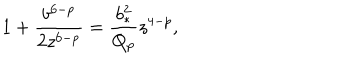
LaTeX: 1 + { \frac { b ^ { 6 - p } } { 2 z ^ { 6 - p } } } = { \frac { b _ { * } ^ { 2 } } { Q _ { p } } } z ^ { 4 - p } ,